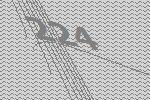
224